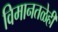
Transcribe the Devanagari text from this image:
विमानतळेही